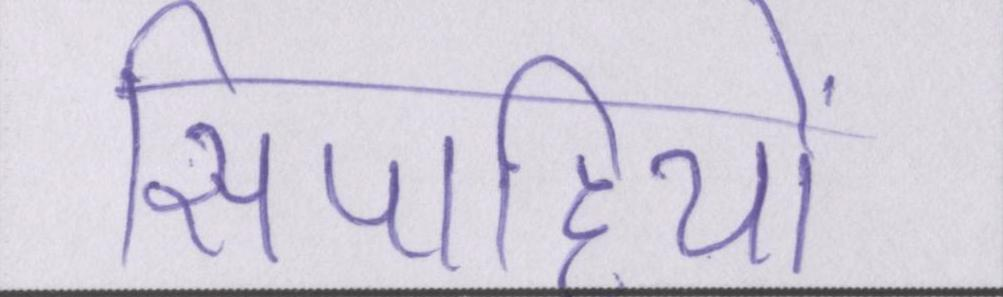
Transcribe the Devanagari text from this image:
सिपाहियों